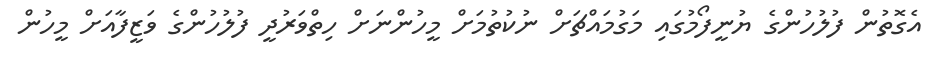
އެގޮތުން ފުލުހުންގެ ޔުނީފޯމުގައި މަގުމައްޗަށް ނުކުތުމަށް މީހުންނަށް ހިތްވަރުދީ ފުލުހުންގެ ވަޒީފާއަށް މީހުން